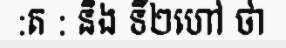
:ត : និង ទី២ហៅ ថា